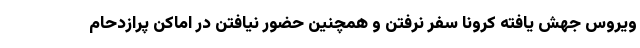
ویروس جهش یافته کرونا سفر نرفتن و همچنین حضور نیافتن در اماکن پرازدحام